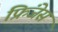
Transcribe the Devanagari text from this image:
फ्रिंजेस